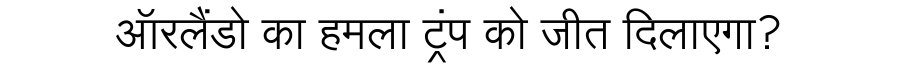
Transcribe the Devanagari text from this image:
ऑरलैंडो का हमला ट्रंप को जीत दिलाएगा?